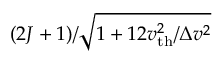
( 2 J + 1 ) / \sqrt { 1 + 1 2 v _ { \mathrm { t h } } ^ { 2 } / \Delta v ^ { 2 } }